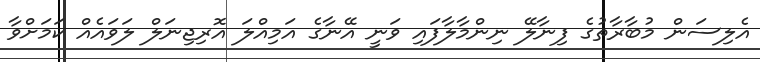
އެލިސަން މުބާރާތުގެ ފިނާލޭ ނިންމާލާފައި ވަނީ އޭނާގެ އަމިއްލަ އޮރިޖިނަލް ލަވައެއް ކަމަށްވާ